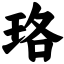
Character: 珞